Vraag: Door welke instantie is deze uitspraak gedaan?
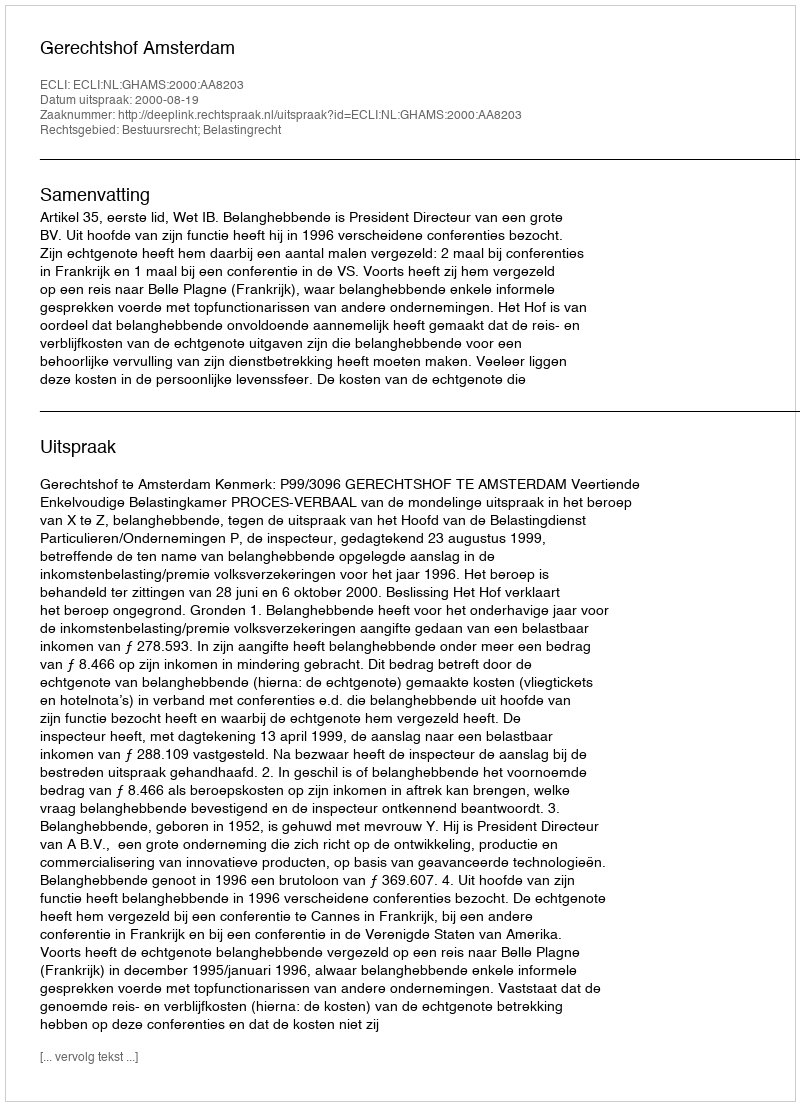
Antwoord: Gerechtshof Amsterdam